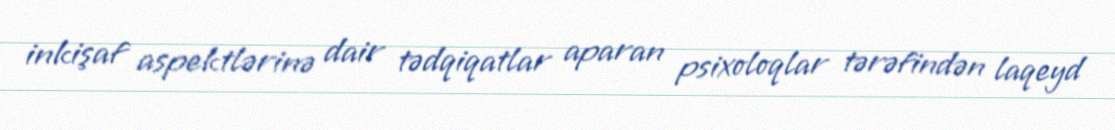
inkişaf aspektlərinə dair tədqiqatlar aparan psixoloqlar tərəfindən laqeyd